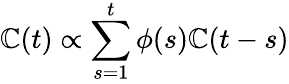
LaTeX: \mathbb{C}(t)\propto\sum_{s=1}^{t}\phi(s)\mathbb{C}(t-s)